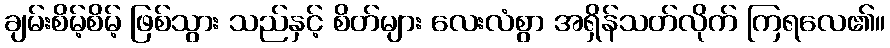
ချမ်းစိမ့်စိမ့် ဖြစ်သွား သည်နှင့် စိတ်များ လေးလံစွာ အရှိန်သတ်လိုက် ကြရလေ၏။